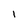
Character: l